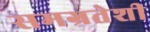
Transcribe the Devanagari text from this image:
समग्रतेशी